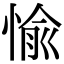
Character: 愉